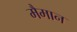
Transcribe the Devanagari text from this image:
मैमान